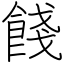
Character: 餞